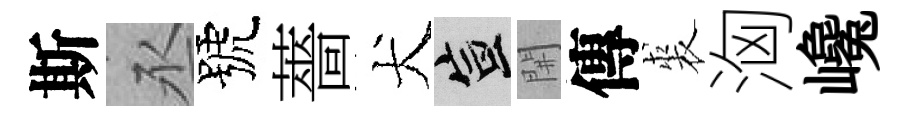
斯丞號薔犬宣𨳩傳裘洶巉